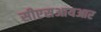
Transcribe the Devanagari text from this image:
सीएसआयआर